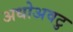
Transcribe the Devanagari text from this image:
अधोअवटु